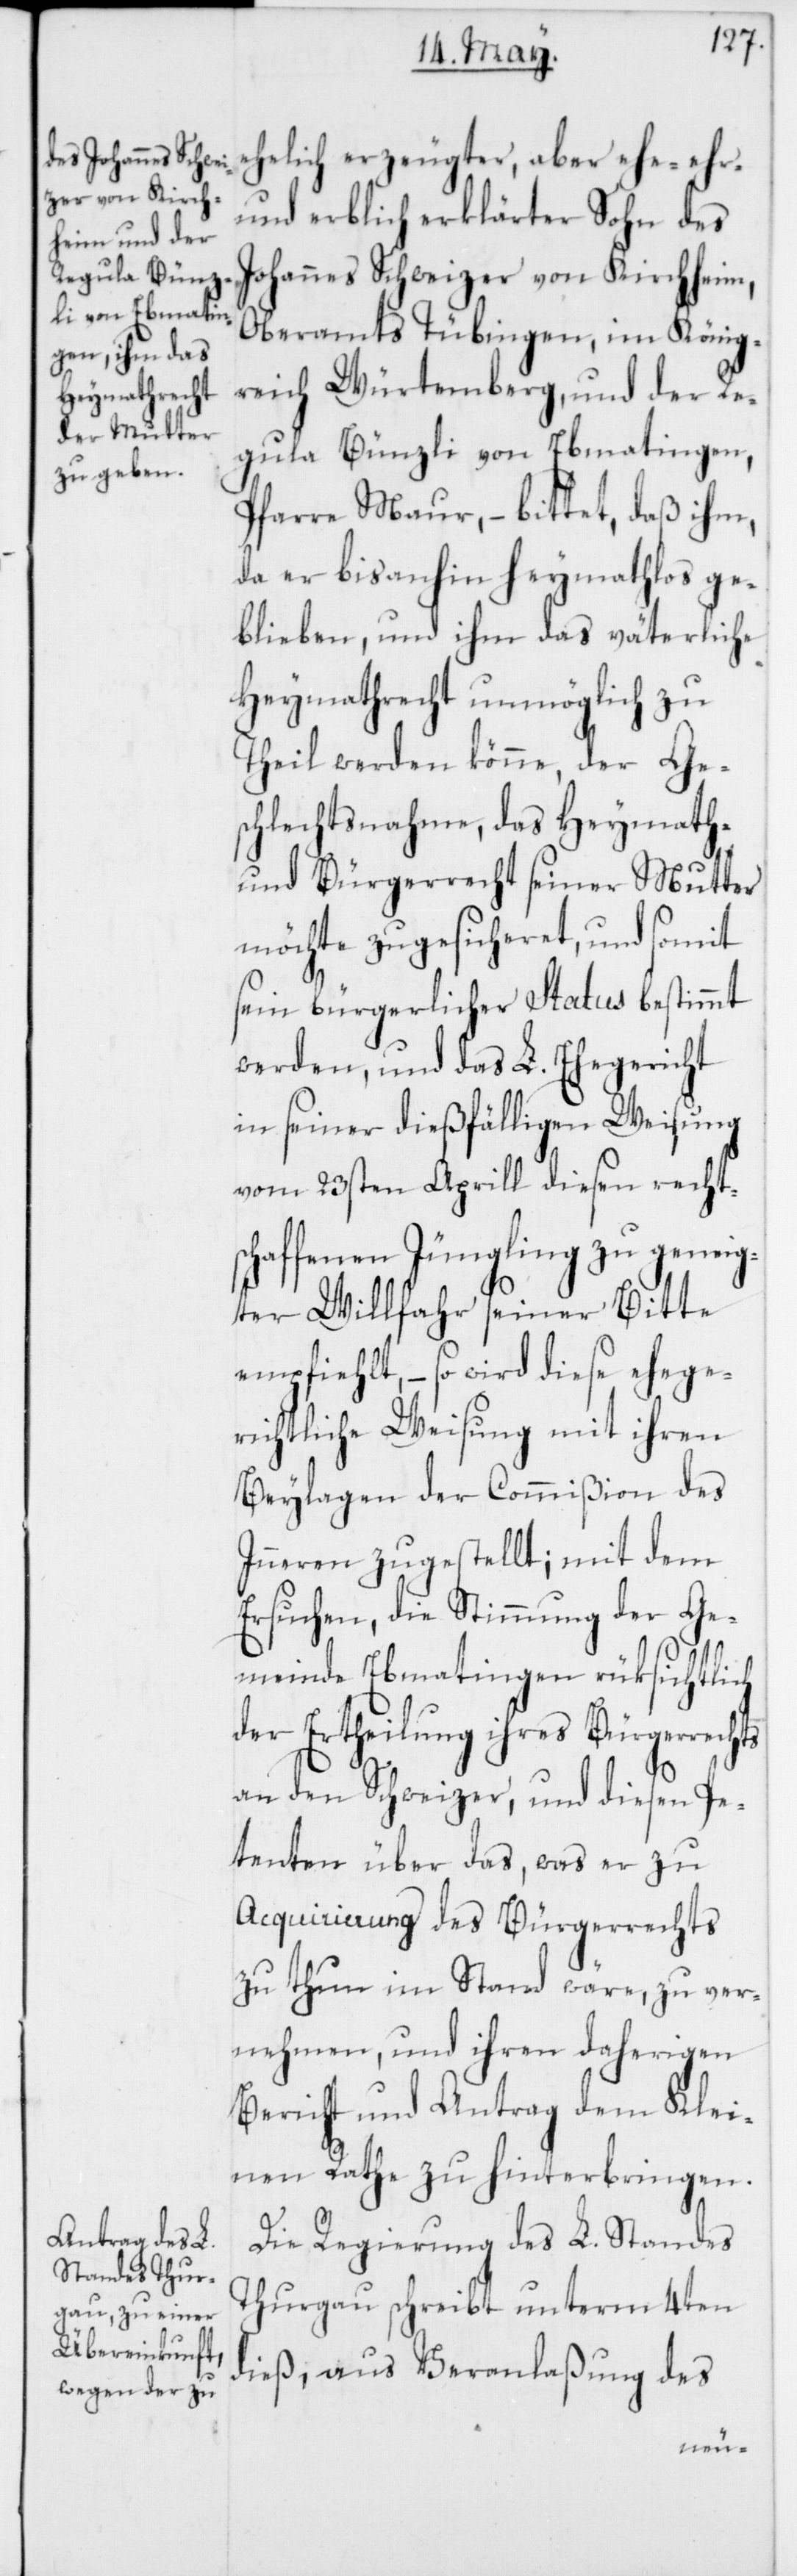
ehelich erzeugter, aber ehe-, ehr-
und erblich erklärter Sohn des
Johannes Schweizer von Kirchheim,
Oberamts Tübingen im König¬
reich Würtemberg, und der Re¬
gula Bünzli von Ebmatingen,
Pfarre Maur, – bittet, daß ihm,
da er bis anhin heymathlos ge¬
blieben, und ihm das väterliche
Heymathrecht unmöglich zu
Theil werden könne, der Ge¬
schlechtsnahme, das Heymath-
und Bürgerrecht seiner Mutter
möchte zugesicheret, und somit
sein bürgerlicher Status bestimmt
werden, und das L. Ehegericht
in seiner dießfälligen Weisung
vom 23sten Aprill diesen rechtsc¬
haffenen Jüngling zu geneig¬
ter Willfahr seiner Bitte
empfiehlt, – so wird diese ehege¬
richtliche Weisung mit ihren
Beylagen der Commißion des
Inneren zugestellt; mit dem
Ersuchen, die Stimmung der Ge¬
meinde Ebmatingen rüksichtlich
der Ertheilung ihres Bürgerrechts
an den Schweizer, und diesen Pe¬
tenten über das, was er zu
Acquirierung des Bürgerrechts
zu thun im Stand wäre, zu ver¬
nehmen, und ihren daherigen
Bericht und Antrag dem Klei¬
nen Rathe zu hinterbringen.
Die Regierung des L. Standes
Thurgau schreibt unterm 4ten
dieß, aus Veranlaßung des